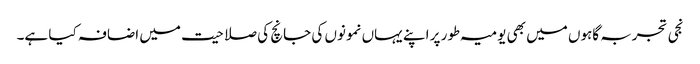
نجی تجربہ گاہوں میں بھی یومیہ طور پر اپنے یہاں نمونوں کی جانچ کی صلاحیت میں اضافہ کیا ہے۔